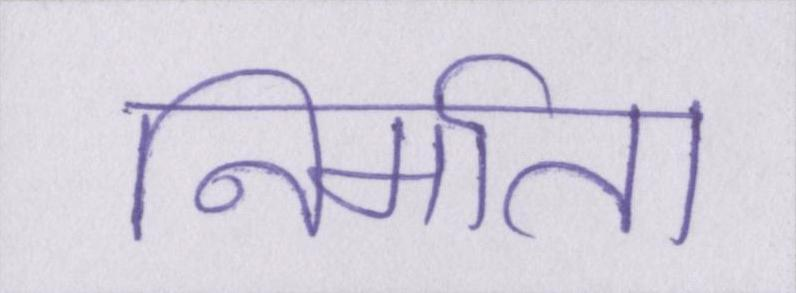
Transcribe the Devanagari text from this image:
निर्माता